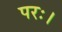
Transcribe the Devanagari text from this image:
परः।